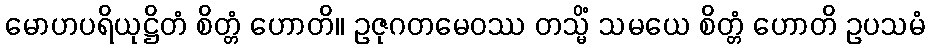
မောဟပရိယုဋ္ဌိတံ စိတ္တံ ဟောတိ။ ဥဇုဂတမေဝဿ တသ္မိံ သမယေ စိတ္တံ ဟောတိ ဥပသမံ